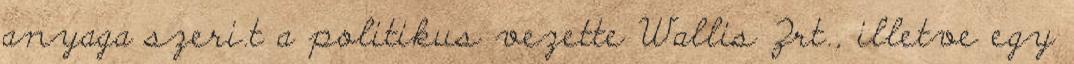
anyaga szeri.t a politikus vezette Wallis Zrt., illetve egy